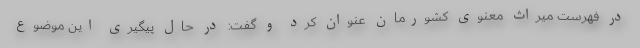
در فهرست میراث معنوی کشورمان عنوان کرد و گفت: در حال پیگیری این موضوع